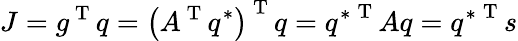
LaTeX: J=g^{\mathrm{~T~}}q=\left(A^{\mathrm{~T~}}q^{*}\right)^{\mathrm{~T~}}q={q^{*}}^{\mathrm{~T~}}Aq={q^{*}}^{\mathrm{~T~}}s